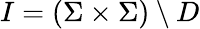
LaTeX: I=(\Sigma\times\Sigma)\setminus D